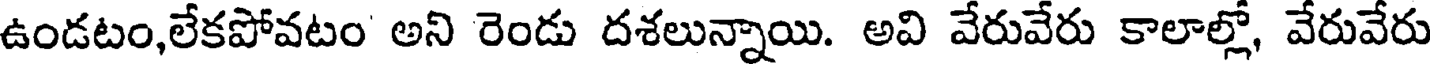
ఉండటం,లేకపోవటం అని రెండు దశలున్నాయి. అవి వేరువేరు కాలాల్లో, వేరువేరు